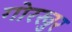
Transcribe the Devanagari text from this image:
गोरखुर